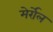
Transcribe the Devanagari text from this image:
मेर्रोल